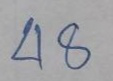
48